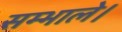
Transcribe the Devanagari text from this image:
सम्भाले।